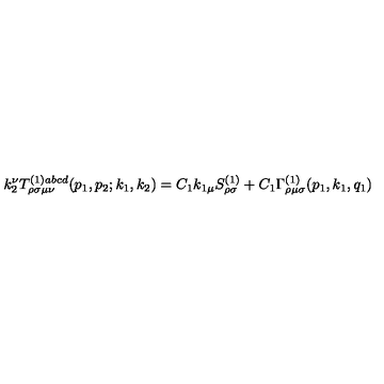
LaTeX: k _ { 2 } ^ { \nu } T _ { \rho \sigma \mu \nu } ^ { ( 1 ) a b c d } ( p _ { 1 } , p _ { 2 } ; k _ { 1 } , k _ { 2 } ) = C _ { 1 } k _ { 1 \mu } S _ { \rho \sigma } ^ { ( 1 ) } + C _ { 1 } \Gamma _ { \rho \mu \sigma } ^ { ( 1 ) } ( p _ { 1 } , k _ { 1 } , q _ { 1 } )